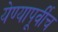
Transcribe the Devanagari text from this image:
येण्यापूर्वींच